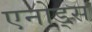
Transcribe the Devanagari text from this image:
एनोड्स